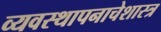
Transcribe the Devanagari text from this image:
व्यवस्थापनाचेशास्त्र